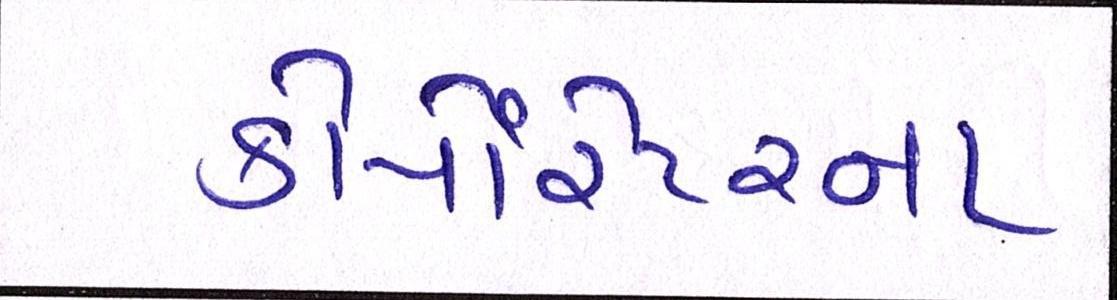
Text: કોર્પેારેટરના